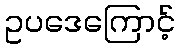
ဥပဒေကြောင့်